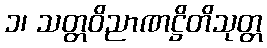
၁၊ သတ္တဝိညာဏဋ္ဌိတိသုတ္တ